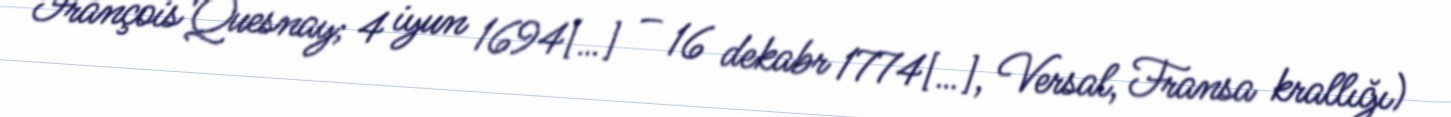
François Quesnay; 4 iyun 1694[…] – 16 dekabr 1774[…], Versal, Fransa krallığı)